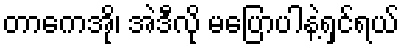
တာကေအို၊ အဲဒီလို မပြောပါနဲ့ရှင်ရယ်